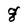
Character: g